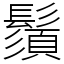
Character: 鬚